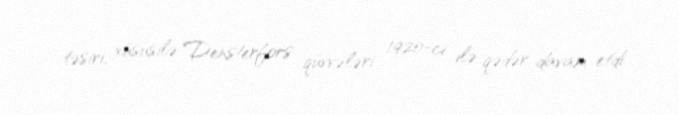
təsiri, xüsusilə Densterfors qüvvələri 1920-ci ilə qədər davam etdi.